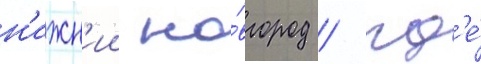
н'ижн'ии но́вгород / гд'е́